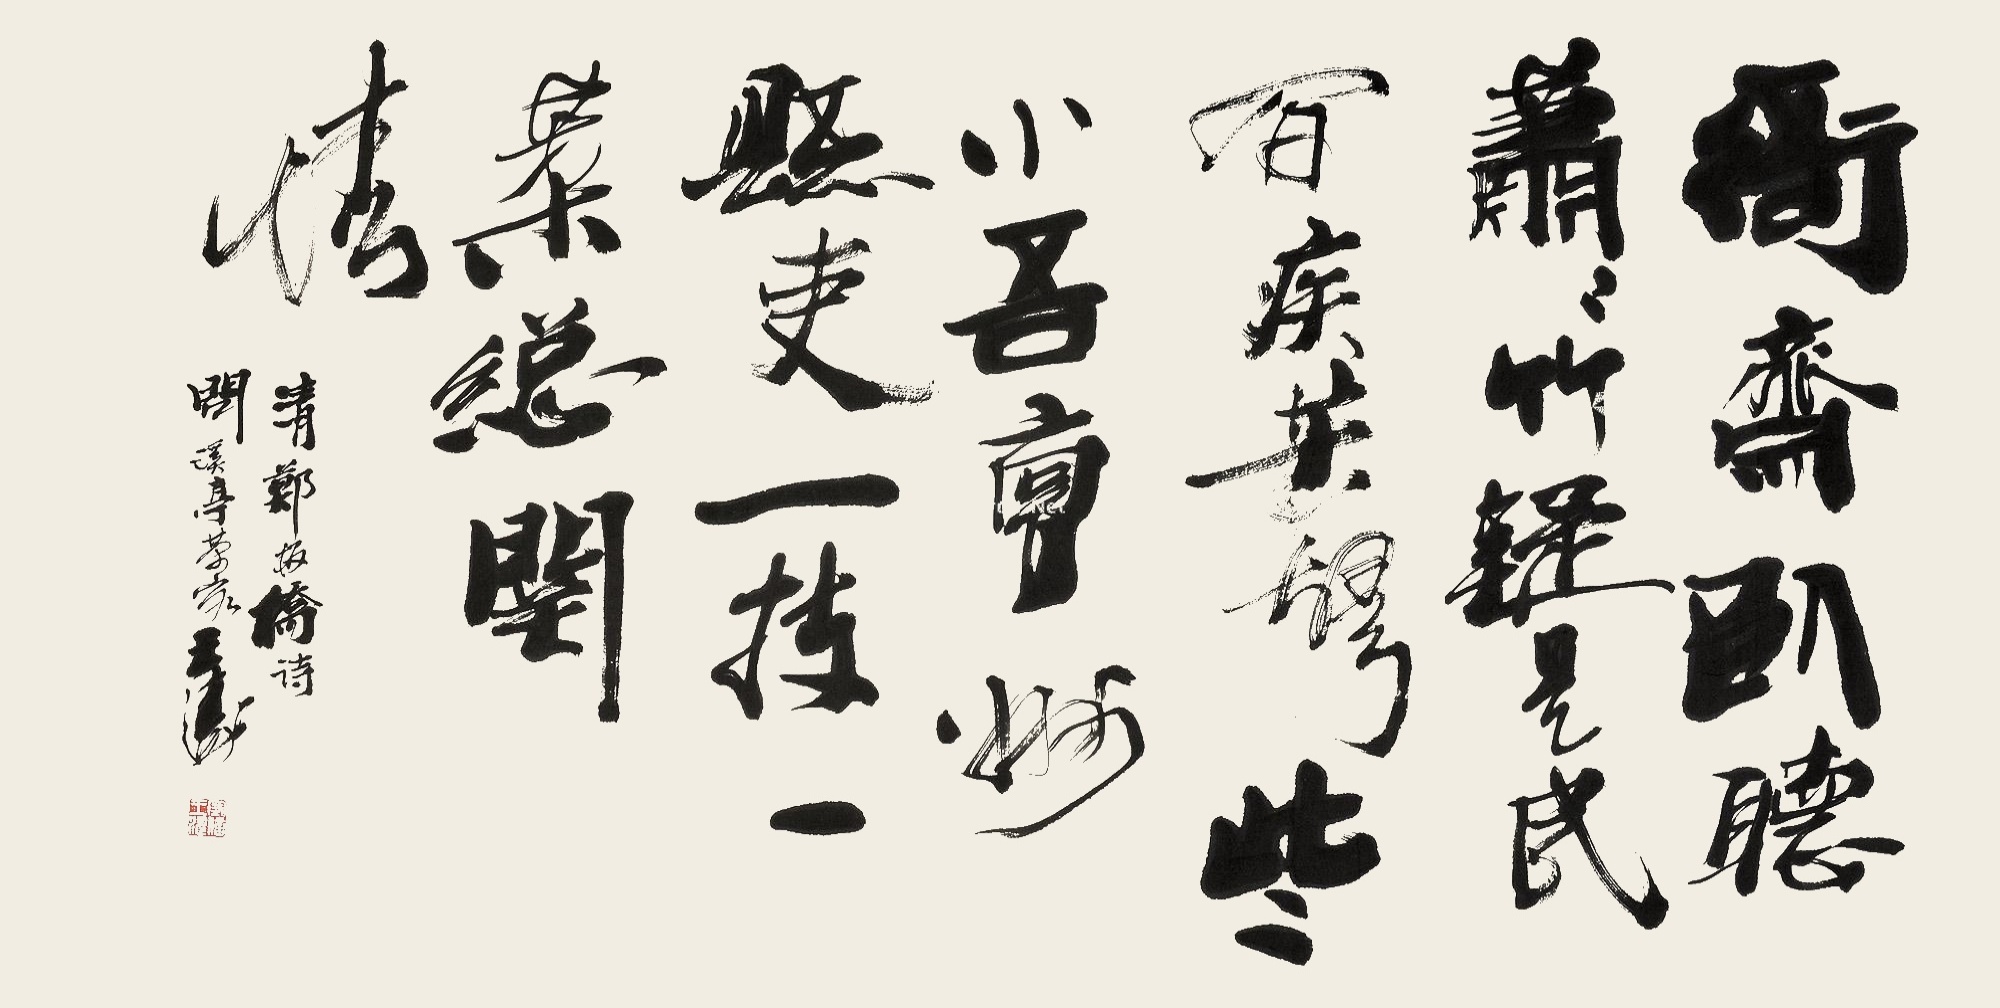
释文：衙斋卧听萧萧竹，疑是民间疾苦声。些小吾曹州县吏，一枝一叶总关情。清郑板桥诗。问溪亭茶客王涛。